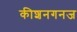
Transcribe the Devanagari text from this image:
कीशनगनज